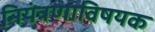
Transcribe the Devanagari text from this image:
नियंत्रणाविषयक